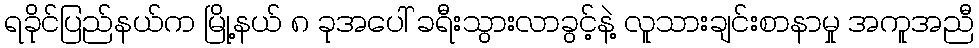
ရခိုင်ပြည်နယ်က မြို့နယ် ၈ ခုအပေါ် ခရီးသွားလာခွင့်နဲ့ လူသားချင်းစာနာမှု အကူအညီ